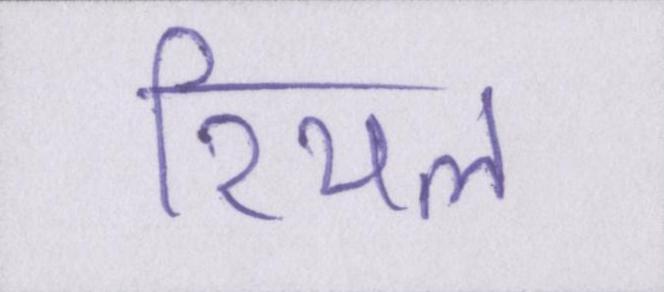
रियल